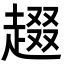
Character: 䞵